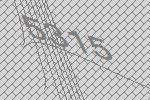
5315